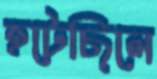
হটেছিলে